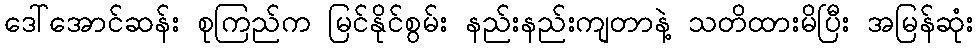
ဒေါ်အောင်ဆန်း စုကြည်က မြင်နိုင်စွမ်း နည်းနည်းကျတာနဲ့ သတိထားမိပြီး အမြန်ဆုံး